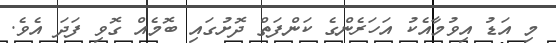
މި އަޑު އިވުމާއެކު އަހަރެންގެ ކަންފަތް ދޮށުގައި ބޮމެއް ގޮވި ފަދަ އެވެ.